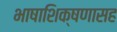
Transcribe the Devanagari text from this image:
भाषाशिक्षणासह